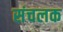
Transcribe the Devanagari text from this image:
संचलक